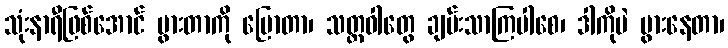
သုံးနာရီဖြစ်အောင် ပွားတာကို ပြောတာ၊ သတ္တဝါတွေ ချမ်းသာကြပါစေ၊ ဒါကိုပဲ ပွားနေတာ၊